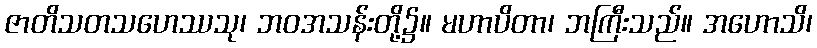
ဇာတိသတသဟေဿသု၊ ဘဝအသန်းတို့၌။ မဟာပိတာ၊ ဘကြီးသည်။ အဟောသိ၊